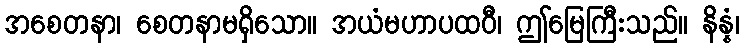
အစေတနာ၊ စေတနာမရှိသော။ အယံမဟာပထဝီ၊ ဤမြေကြီးသည်။ နိန္နံ၊